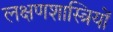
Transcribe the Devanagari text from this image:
लक्षणशास्त्रियों